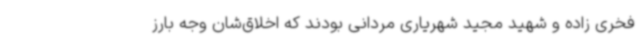
فخری زاده و شهید مجید شهریاری مردانی بودند که اخلاق‌شان وجه بارز